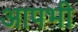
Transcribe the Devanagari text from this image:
आपभी